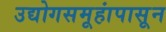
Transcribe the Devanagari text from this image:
उद्योगसमूहांपासून